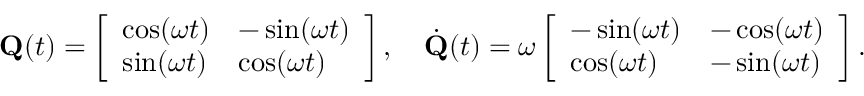
\mathbf { Q } ( t ) = \left[ \begin{array} { l l } { \cos ( \omega t ) } & { - \sin ( \omega t ) } \\ { \sin ( \omega t ) } & { \cos ( \omega t ) } \end{array} \right] , \quad \dot { \mathbf { Q } } ( t ) = \omega \left[ \begin{array} { l l } { - \sin ( \omega t ) } & { - \cos ( \omega t ) } \\ { \cos ( \omega t ) } & { - \sin ( \omega t ) } \end{array} \right] .